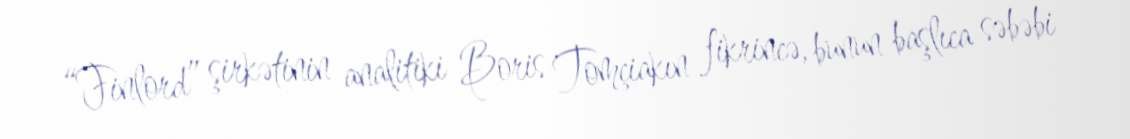
“Finlord” şirkətinin analitiki Boris Tomçiakın fikrincə, bunun başlıca səbəbi